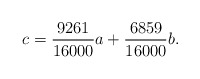
\begin{align*}c=\frac{9261}{16000}a+\frac{6859}{16000}b.\end{align*}